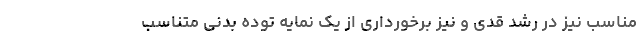
مناسب نیز در رشد قدی و نیز برخورداری از یک نمایه توده بدنی متناسب